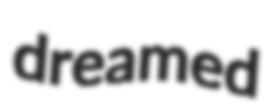
dreamed